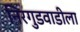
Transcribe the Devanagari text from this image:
निरगुडवाडीला